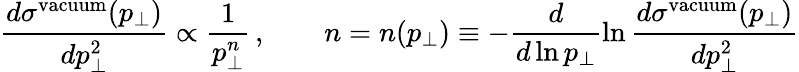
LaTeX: \frac{d\sigma^{\mathrm{vacuum}}(p_{\perp})}{dp_{\perp}^{2}}\propto\frac 1{p_{\perp}^{n}}\, ,\qquad n=n(p_{\perp})\equiv-\frac{d}{d\ln p_{\perp}}\ln\frac{d\sigma^{\mathrm{vacuum}}(p_{\perp})}{dp_{\perp}^{2}}